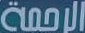
الرحمة